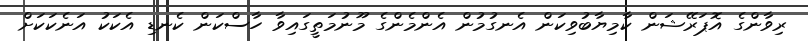
ރިވާންގެ އޮޕަރޭޝަން ކާމިޔާބުވިކަން އެނގުމުން އެންމެންގެ މޫނުމަތީގައިވާ ހާސްކަން ކެނޑި އެކަކު އަނެކަކަށް